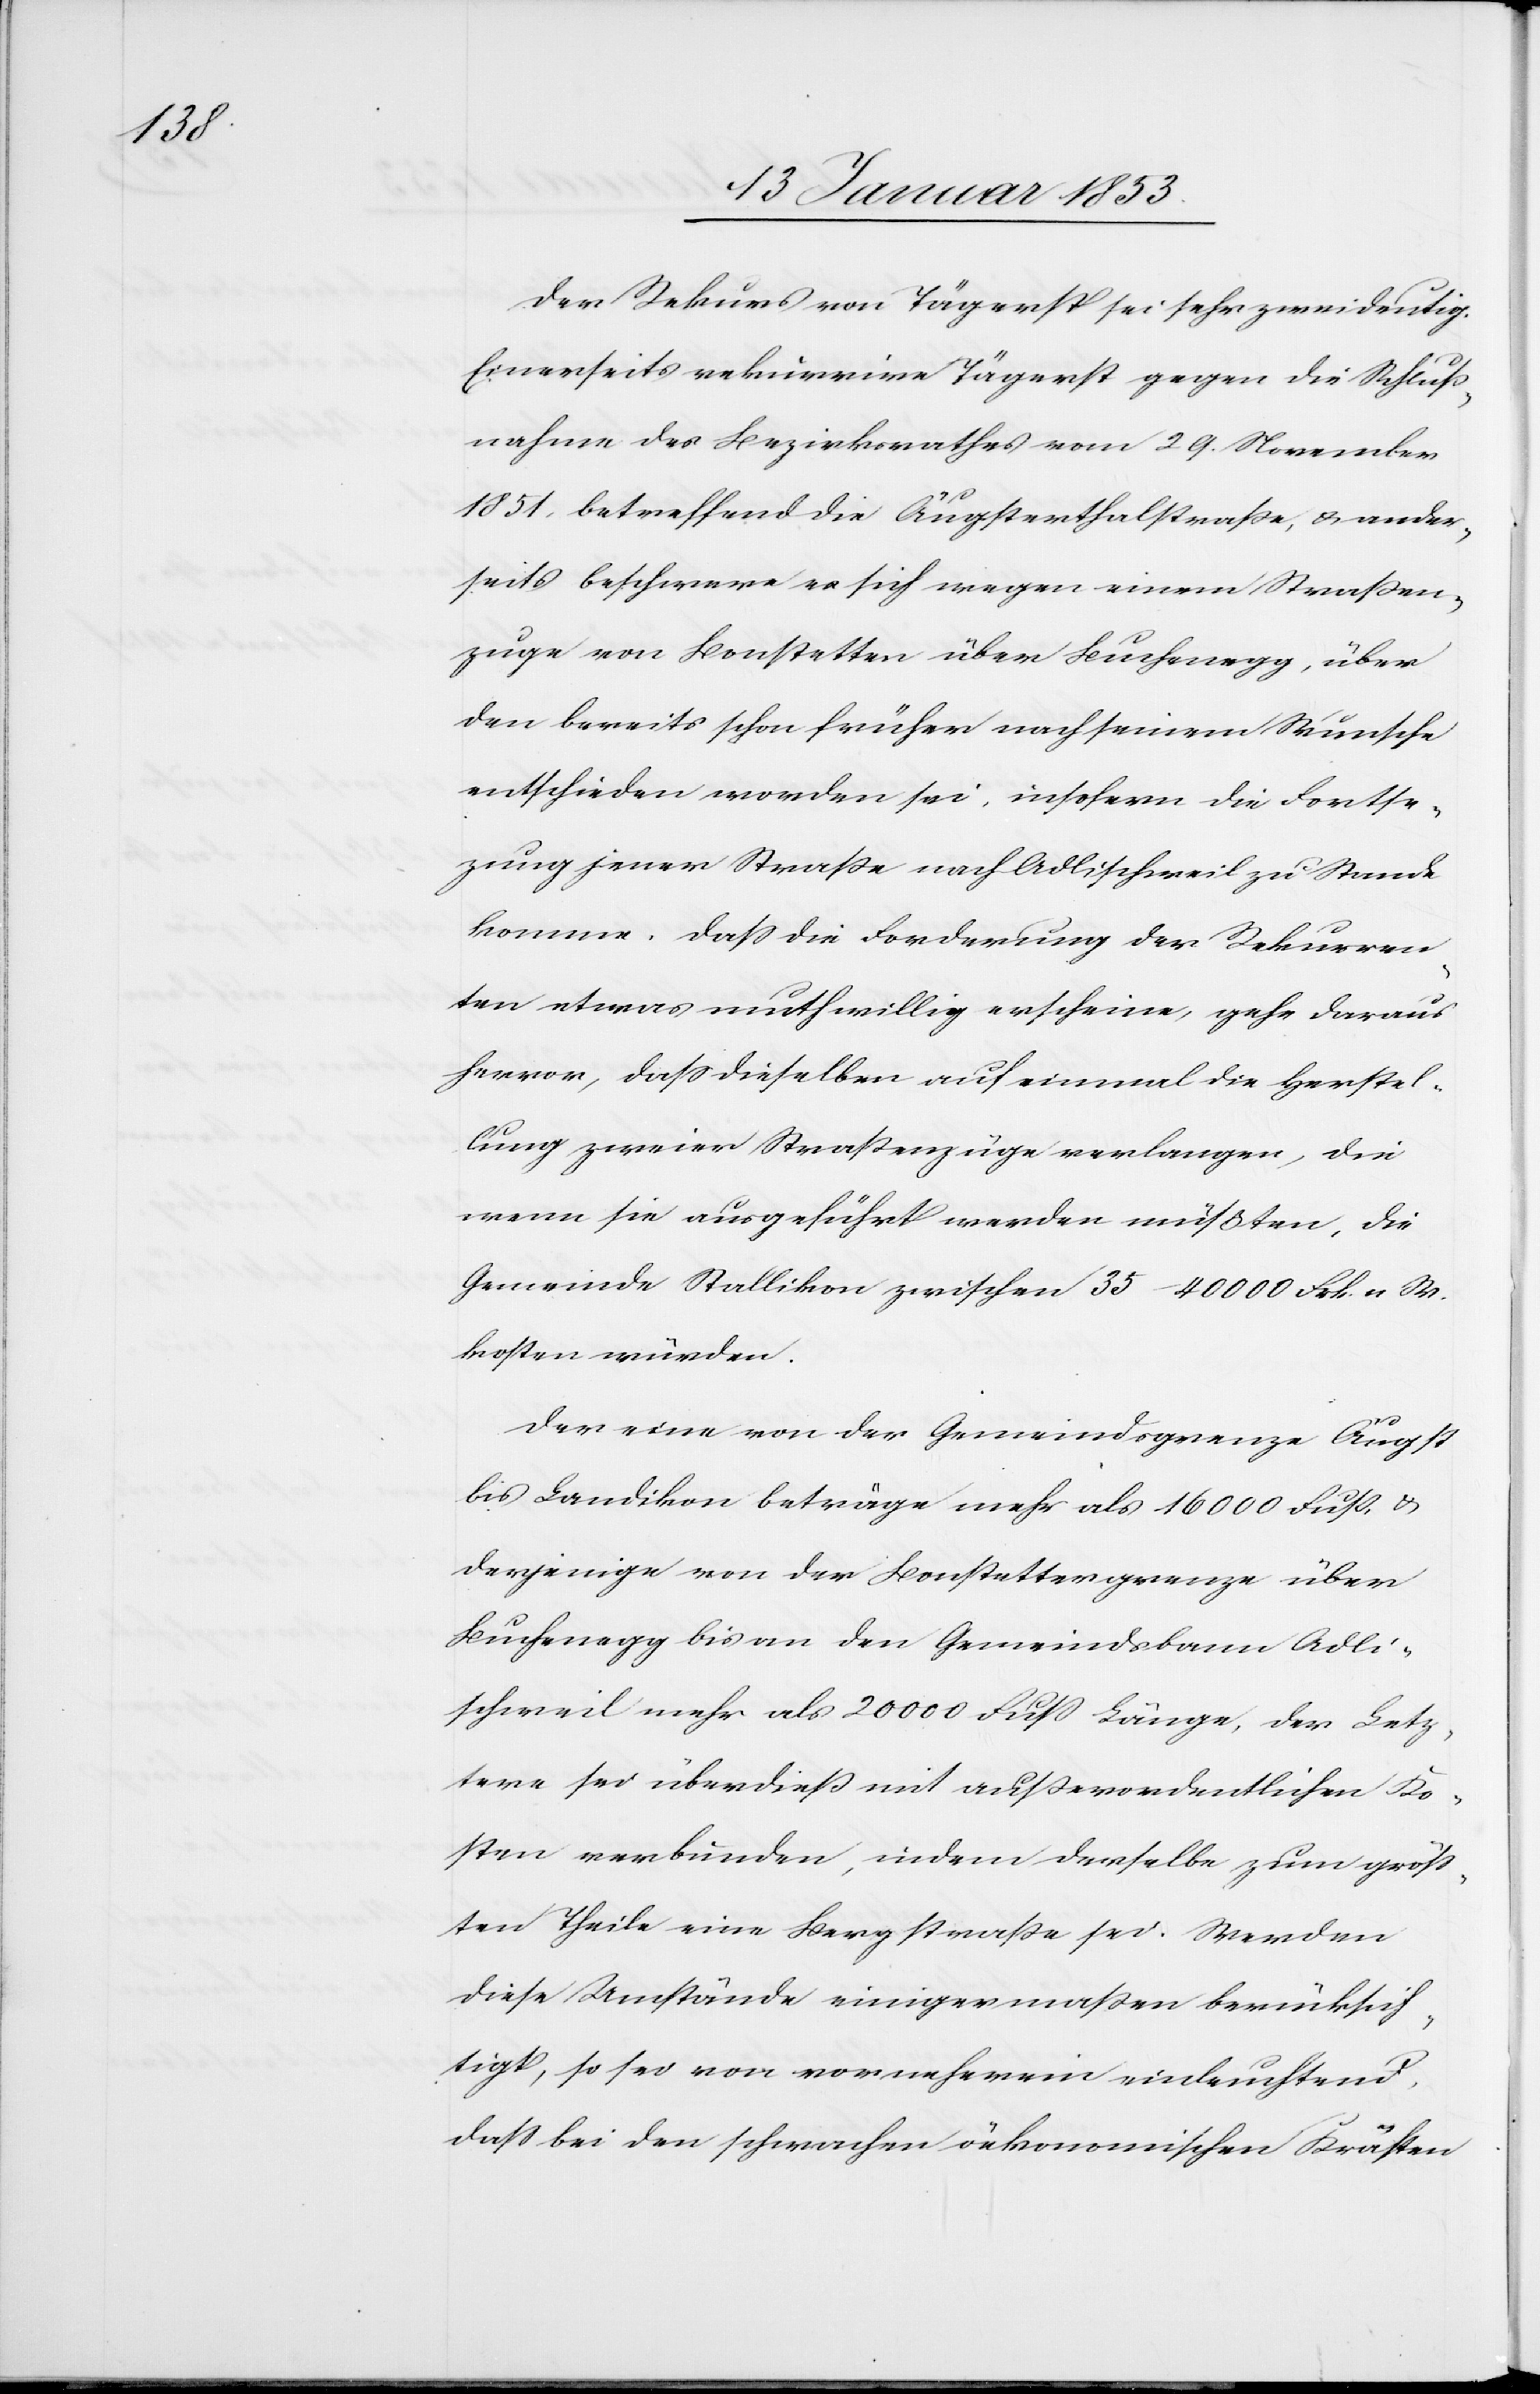
Der Rekurs von Tägerst sei sehr zweideutig.
Einerseits rekurrire Tägerst gegen die Schluß¬
nahme des Bezirksrathes vom 29 November
1851, betreffend die Äugsterthalstrasse, u. ander¬
seits beschwere es sich wegen einem Strassen¬
zuge von Bonstetten über Buchenegg, über
den bereits schon früher nach seinem Wunsche
entschieden worden sei, insofern die Fortse¬
tzung jener Strasse nach Adlischweil zu Stande
komme. Dass die Forderung der Rekurren¬
ten etwas muthwillig erscheine, gehe daraus
hervor, dass dieselben auf einmal die Herstel¬
lung zweier Straßenzüge verlangen, die
wenn sie ausgeführt werden müßten, die
Gemeinde Stallikon zwischen 35–40 000 Frk. a W.
kosten würden.
Der eine von der Gemeindsgrenze Äugst
bis Landikon beträge mehr als 16 000 Fuß &
derjenige von der Bonstettergrenze über
Buchenegg bis an den Gemeindsbann Adli¬
schweil mehr als 20 000 Fuß Länge, der Letz¬
tere sei überdieß mit ausserordentlichen Ko¬
sten verbunden, indem derselbe zum grös¬
sten Theile eine Bergstrasse sei. Werden
diese Umstände einigermassen berücksich¬
tigt, so sei von vorneherein einleuchtend,
dass bei den schwachen öekonomischen [sic!] Kräften